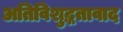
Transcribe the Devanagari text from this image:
अतिविशुद्धतावाद